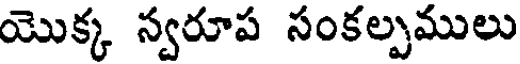
యొక్క స్వరూప సంకల్పములు